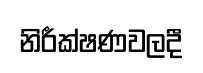
නිරීක්ෂණවලදී